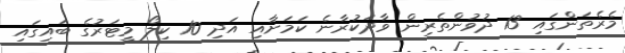
މެރެތަންގައި 13 ދުވުންތެރިން ވާދަކުރާނެ ކަމަށާއި އަދި 10 ކިލޯ މީޓަރުގެ ބައިގައި